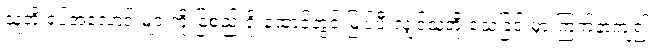
သူတို့ ရုပ်အလောင်းများကို ခြံစည်းရိုးထောင့်တွင် မြှုပ်ပီးလျှင်သူတို့ သေခြင်းမှာ ကြက်နာကျ၍